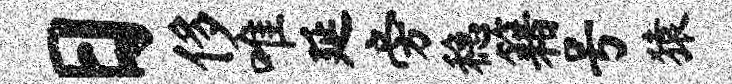
日侈唯延旁稳籍号猿